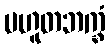
ပဟူတဘက္ခံ